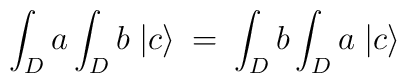
\int_{D} a  \int_{D} b \; | c \rangle \: = \: \int_{D} b\int_{D} a \; | c \rangle